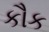
કૌક